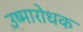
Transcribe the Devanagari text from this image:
उष्मारोधक